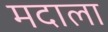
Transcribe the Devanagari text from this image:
मदाला